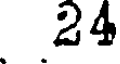
24